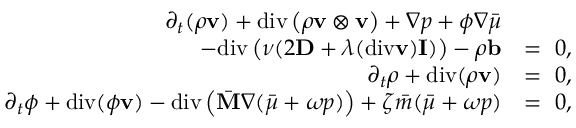
\begin{array} { r l } { \partial _ { t } ( \rho \mathbf { v } ) + \mathrm { d i v } \left( \rho \mathbf { v } \otimes \mathbf { v } \right) + \nabla p + \phi \nabla \bar { \mu } } & { } \\ { - \mathrm { d i v } \left( \nu ( 2 \mathbf { D } + \lambda ( \mathrm { d i v } \mathbf { v } ) \mathbf { I } ) \right) - \rho \mathbf { b } } & { = ~ 0 , } \\ { \partial _ { t } \rho + \mathrm { d i v } ( \rho \mathbf { v } ) } & { = ~ 0 , } \\ { \partial _ { t } \phi + \mathrm { d i v } ( \phi \mathbf { v } ) - \mathrm { d i v } \left( \bar { \mathbf { M } } \nabla ( \bar { \mu } + \omega p ) \right) + \zeta \bar { m } ( \bar { \mu } + \omega p ) } & { = ~ 0 , } \end{array}